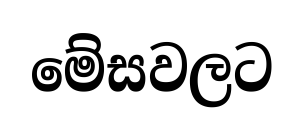
මේසවලට